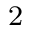
\textsubscript { 2 }